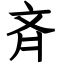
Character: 斉